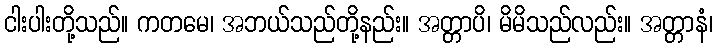
ငါးပါးတို့သည်။ ကတမေ၊ အဘယ်သည်တို့နည်း။ အတ္တာပိ၊ မိမိသည်လည်း။ အတ္တာနံ၊